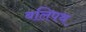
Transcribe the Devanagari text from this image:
बलिपथ